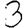
Digit: 3